Problem: 3 × 6 = ?
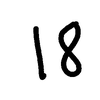
Handwritten answer: 18